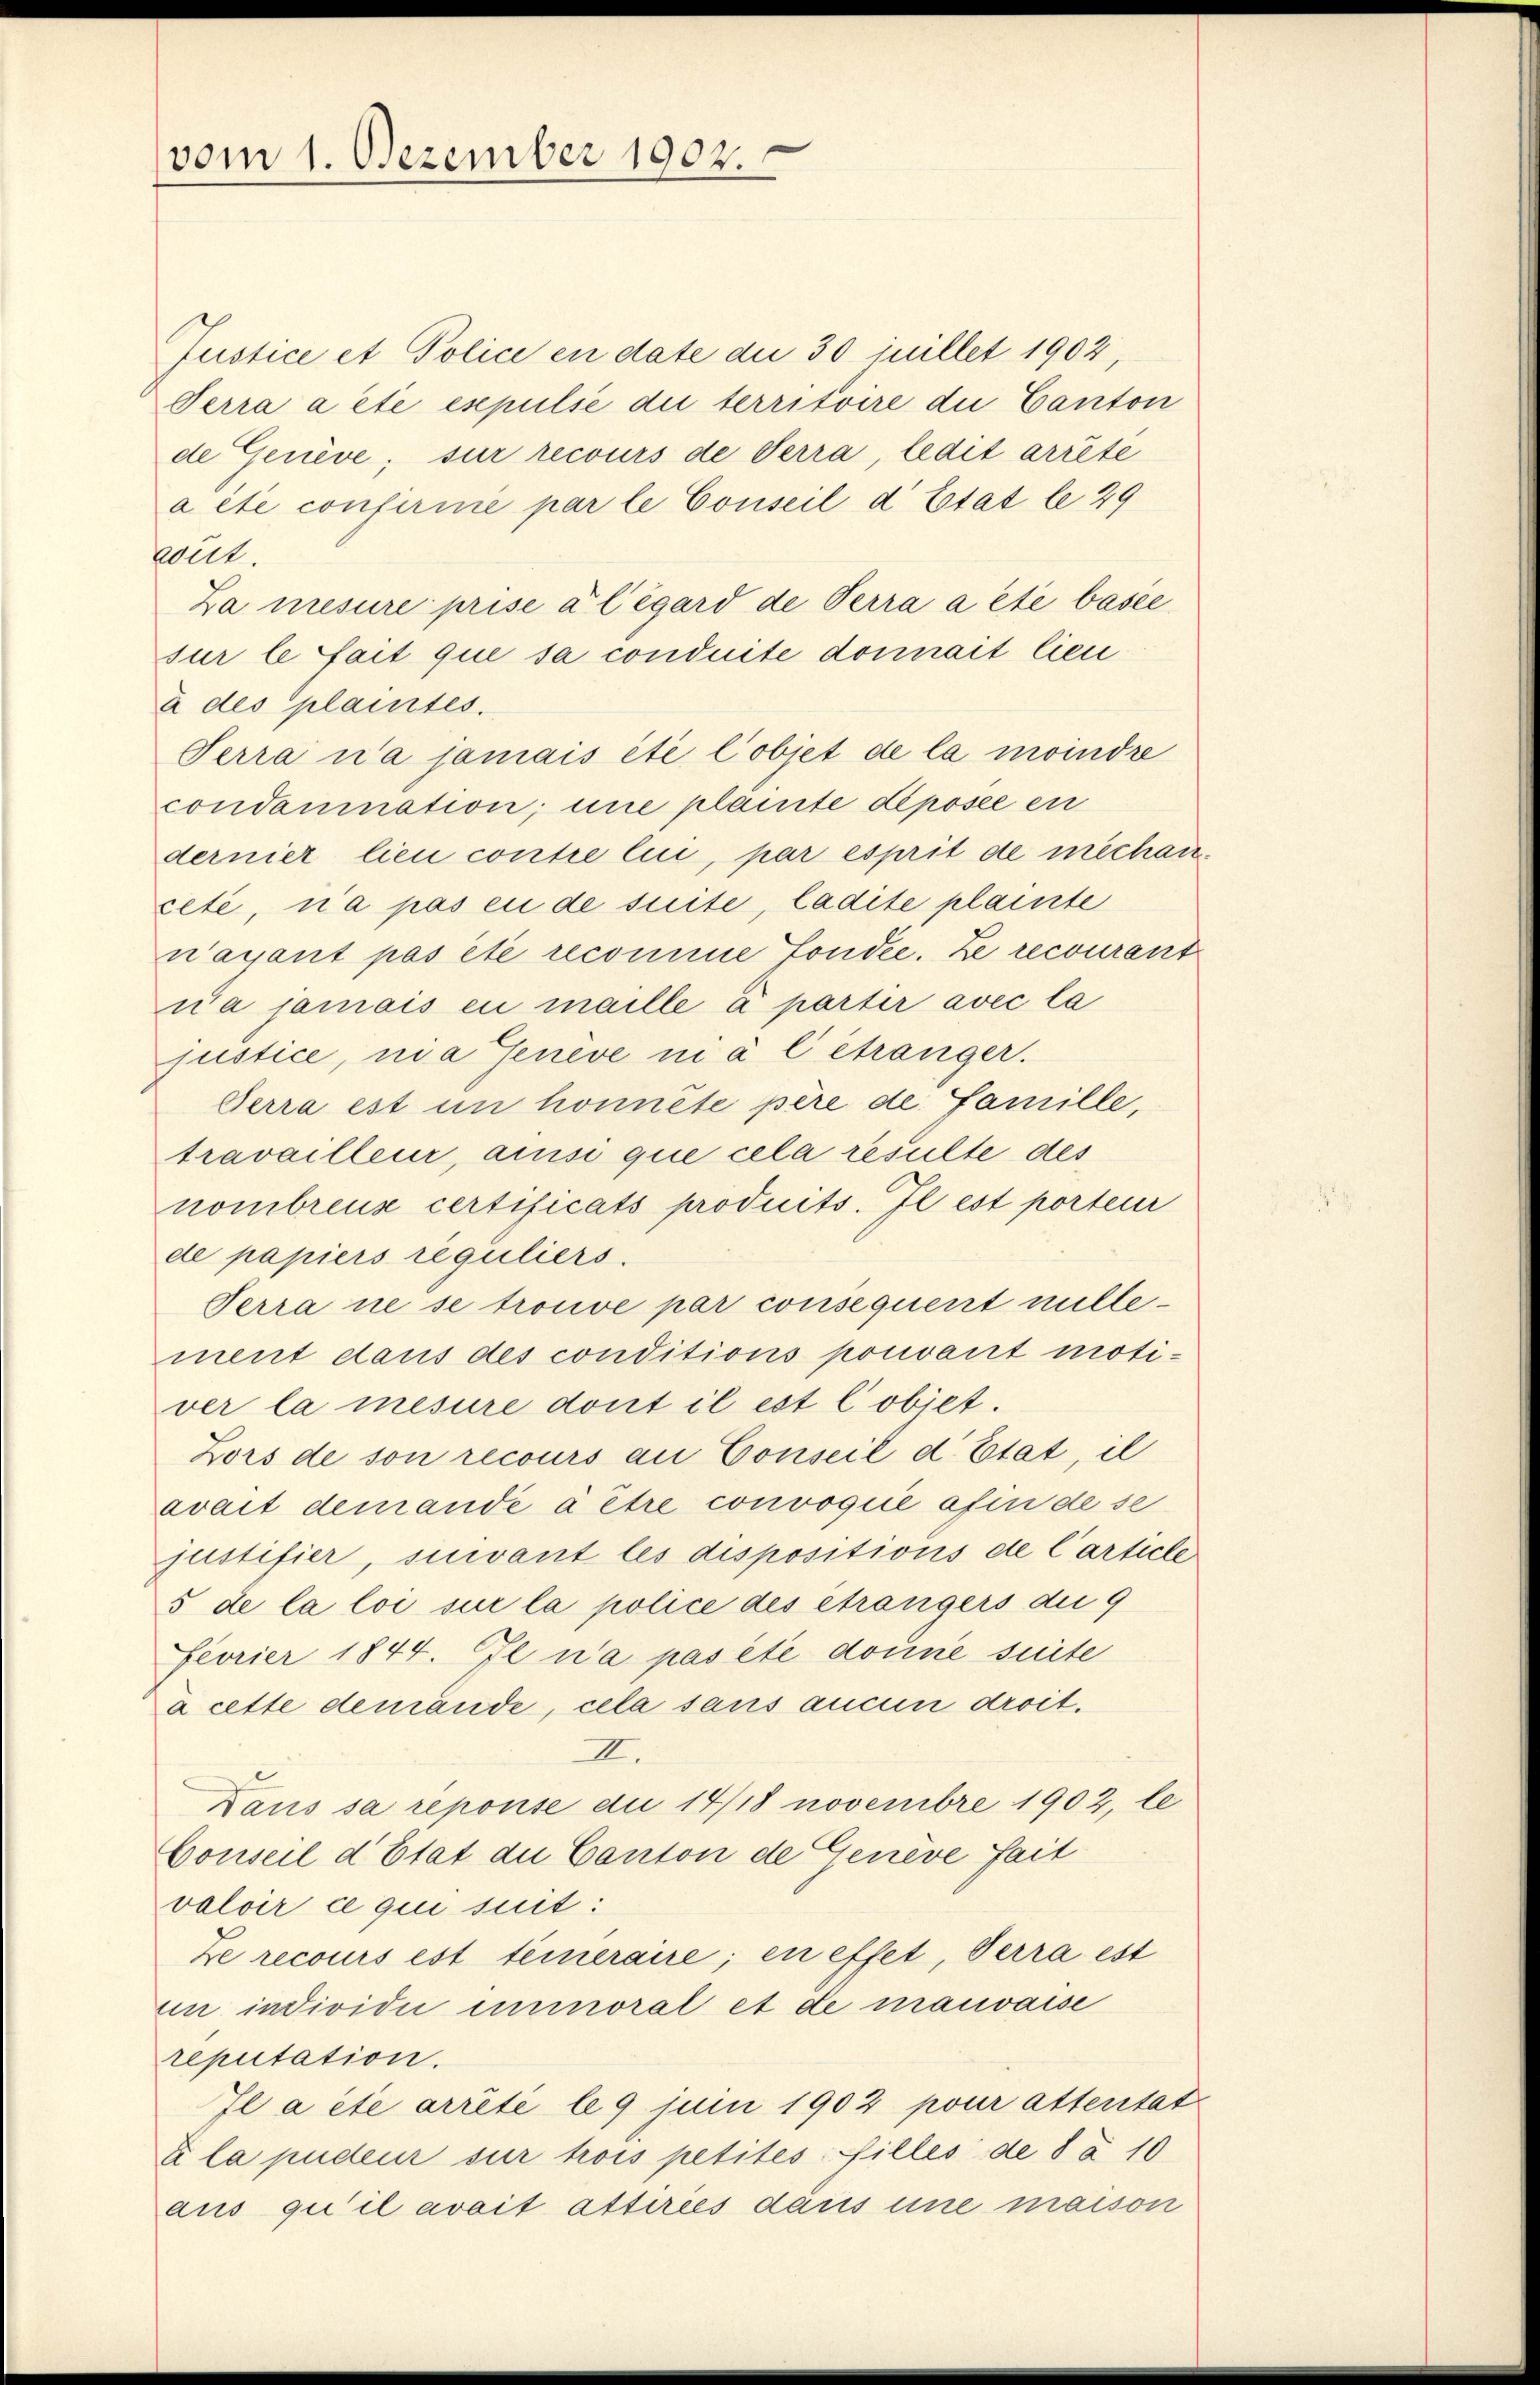
vom 1. Dezember 1902.

Justice et Police en date die 30 inillet 1902,
Terra a été expulse die territoire die Canton
de Genève, sur recours de Serra, ledit arrête
a été confirme par le Conseil d’Etat le 29
wirt.
Za mesure prise à l’égard de Verra a été basee
sur le fait que sa conduite donnait lieu
à des plaintes.
Terra na jamais été l’objet de la moindre
condamination; une plante diposée en
dernier lieu contre lui, par esprit de mechancete, na pas en de suite, ladite plainte
n’ayant pas été recomme fondée. ze recourant
wa jamais en maille à partir avec la
justice, ni a Geneve ni à C étranger.
Gerra est in honnête père de Famille
travailleur, ansi que cela resulte des
nombreuz certificats produits. Il est porteur
de papiers reguliers.
Terra ne se trouve par consequent millement daus des conditions pouvant motiver la mesure dont il est lobiet.
Zors de son recours an Conseil d’Etat il
avait demandé à être convoqué afin de se
justifier, suivant les dispositions de Carticle
5 de la loi sue la police des étrangers die 9
Fevrier 1844. Il n’a pas été donné suite
à cette demande, cela sans aucun droit.
II.
Daus sa reponse du 14/18 novembre 1902, le
Conseil d’Etat au Canton de Genève fait
valoir ce qui suit:
Ze recours est teneraire; en effet, Verra est
un individii einmoral et de mauvaise
reputation.
Il a ete arrêté le 9 juni 1902 pour attentat
x la pudeur sur trois petites Pilles de 8 § 10
aus qu’il avait attirees dans une maison